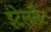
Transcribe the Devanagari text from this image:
इंटेलसैट